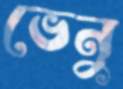
ভেনু